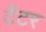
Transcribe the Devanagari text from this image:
टेंटर